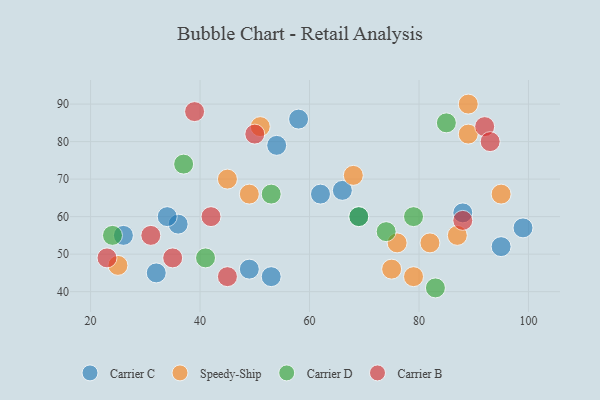
{"axis": {"x": "GDP", "y": "Life Expectancy"}, "legend": ["Carrier B", "Carrier C", "Carrier D", "Speedy-Ship"], "data": [{"x": "54", "y": 79, "type": "Carrier C"}, {"x": "32", "y": 45, "type": "Carrier C"}, {"x": "36", "y": 58, "type": "Carrier C"}, {"x": "53", "y": 44, "type": "Carrier C"}, {"x": "58", "y": 86, "type": "Carrier C"}, {"x": "49", "y": 46, "type": "Carrier C"}, {"x": "34", "y": 60, "type": "Carrier C"}, {"x": "66", "y": 67, "type": "Carrier C"}, {"x": "99", "y": 57, "type": "Carrier C"}, {"x": "69", "y": 60, "type": "Carrier C"}, {"x": "95", "y": 52, "type": "Carrier C"}, {"x": "26", "y": 55, "type": "Carrier C"}, {"x": "88", "y": 61, "type": "Carrier C"}, {"x": "62", "y": 66, "type": "Carrier C"}, {"x": "89", "y": 82, "type": "Speedy-Ship"}, {"x": "76", "y": 53, "type": "Speedy-Ship"}, {"x": "68", "y": 71, "type": "Speedy-Ship"}, {"x": "82", "y": 53, "type": "Speedy-Ship"}, {"x": "79", "y": 44, "type": "Speedy-Ship"}, {"x": "89", "y": 90, "type": "Speedy-Ship"}, {"x": "45", "y": 70, "type": "Speedy-Ship"}, {"x": "75", "y": 46, "type": "Speedy-Ship"}, {"x": "25", "y": 47, "type": "Speedy-Ship"}, {"x": "49", "y": 66, "type": "Speedy-Ship"}, {"x": "87", "y": 55, "type": "Speedy-Ship"}, {"x": "51", "y": 84, "type": "Speedy-Ship"}, {"x": "95", "y": 66, "type": "Speedy-Ship"}, {"x": "83", "y": 41, "type": "Carrier D"}, {"x": "41", "y": 49, "type": "Carrier D"}, {"x": "37", "y": 74, "type": "Carrier D"}, {"x": "74", "y": 56, "type": "Carrier D"}, {"x": "69", "y": 60, "type": "Carrier D"}, {"x": "53", "y": 66, "type": "Carrier D"}, {"x": "79", "y": 60, "type": "Carrier D"}, {"x": "85", "y": 85, "type": "Carrier D"}, {"x": "24", "y": 55, "type": "Carrier D"}, {"x": "39", "y": 88, "type": "Carrier B"}, {"x": "31", "y": 55, "type": "Carrier B"}, {"x": "35", "y": 49, "type": "Carrier B"}, {"x": "42", "y": 60, "type": "Carrier B"}, {"x": "92", "y": 84, "type": "Carrier B"}, {"x": "45", "y": 44, "type": "Carrier B"}, {"x": "93", "y": 80, "type": "Carrier B"}, {"x": "23", "y": 49, "type": "Carrier B"}, {"x": "50", "y": 82, "type": "Carrier B"}, {"x": "88", "y": 59, "type": "Carrier B"}]}